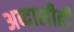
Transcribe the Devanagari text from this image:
अब्दालीही